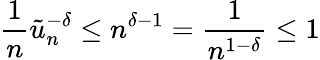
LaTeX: \frac{1}{n}\tilde{u}_{n}^{-\delta}\leq n^{\delta-1}=\frac{1}{n^{1-\delta}}\leq 1